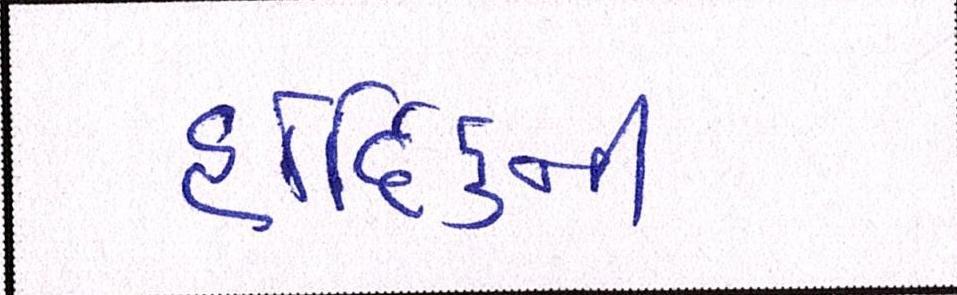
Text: હાદિર્કની